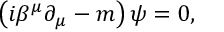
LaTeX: \left( i \beta ^ { \mu } \partial _ { \mu } - m \right) \psi = 0 ,